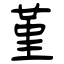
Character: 堇